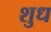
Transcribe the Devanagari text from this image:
शुध